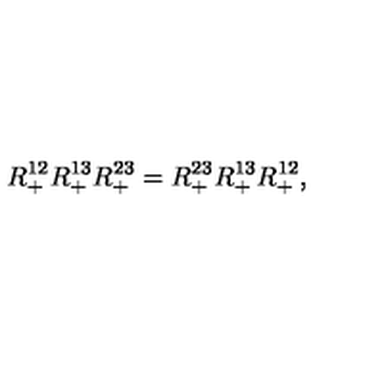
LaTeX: R _ { + } ^ { 1 2 } R _ { + } ^ { 1 3 } R _ { + } ^ { 2 3 } = R _ { + } ^ { 2 3 } R _ { + } ^ { 1 3 } R _ { + } ^ { 1 2 } ,